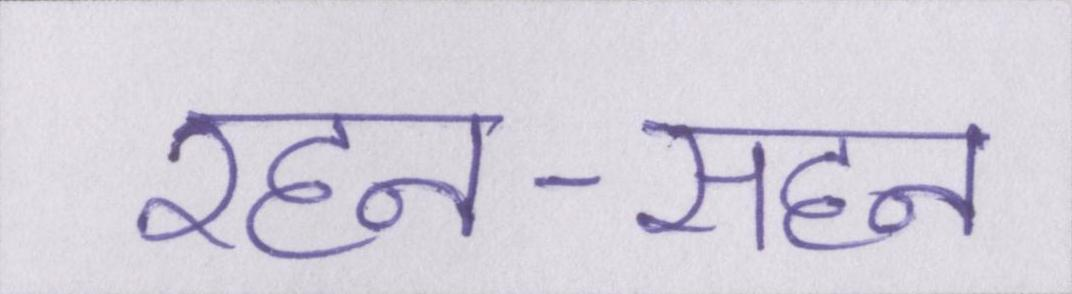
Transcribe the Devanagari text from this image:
रहन-सहन